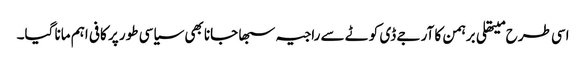
اسی طرح میتھلی برہمن کا آر جے ڈی کوٹے سے راجیہ سبھا جانا بھی سیاسی طور پر کافی اہم مانا گیا۔